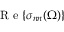
\mathrm { ~ R ~ e ~ } { \left\{ \sigma _ { n n } ( \Omega ) \right\} }